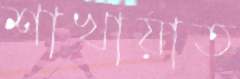
শাখায়াত